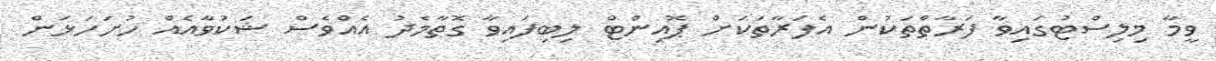
ވީމާ މިލިސްޓުގައިވާ ފަރާތްތަކުން އެފަރާތަކަށް ޕޮއިންޓް ލިބިފައިވާ ގޮތާމެދު އެއްވެސް ޝަކުވާއެއް ހުށަހަޅަން